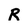
Character: R